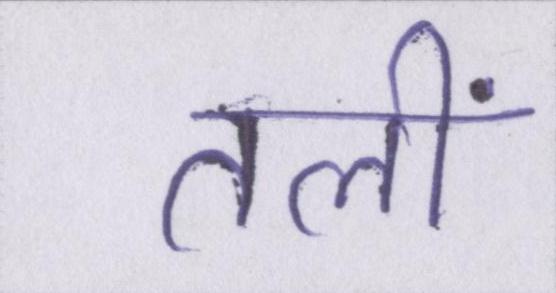
तलीं